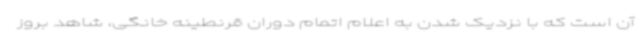
آن است که با نزدیک شدن به اعلام اتمام دوران قرنطینه خانگی، شاهد بروز